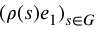
( \rho ( s ) e _ { 1 } ) _ { s \in G }